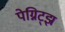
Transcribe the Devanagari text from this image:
पेग्निट्झ